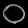
Digit: ၀